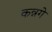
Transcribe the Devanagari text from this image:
कन्नगे